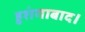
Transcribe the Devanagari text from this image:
हुशंगाबाद।